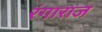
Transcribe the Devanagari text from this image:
रंगाराज